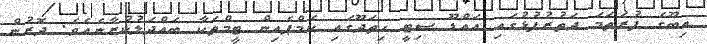
އިބޫގެ ފުރަތަމަ ދަތުރުފުޅުގައި އައްޑޫ ސިޓީ ހިތަދޫގައި ކެމްޕެއިން ޓީމްތަކާ ބައްދަލުކުރާނެއެވެ. ދޮރުން